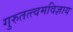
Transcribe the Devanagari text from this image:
गुरुतत्त्वमविज्ञाय